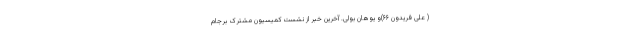
( علی فریدون ۶۶)و یوهان بولی. آخرین خبر از نشست کمیسیون مشترک برجام